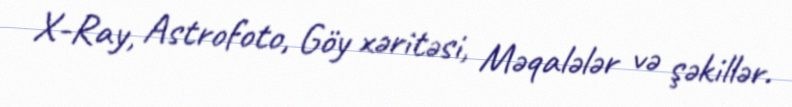
X-Ray, Astrofoto, Göy xəritəsi, Məqalələr və şəkillər.